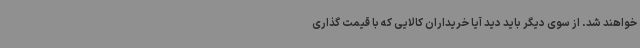
خواهند شد. از سوی دیگر باید دید آیا خریداران کالایی که با قیمت گذاری